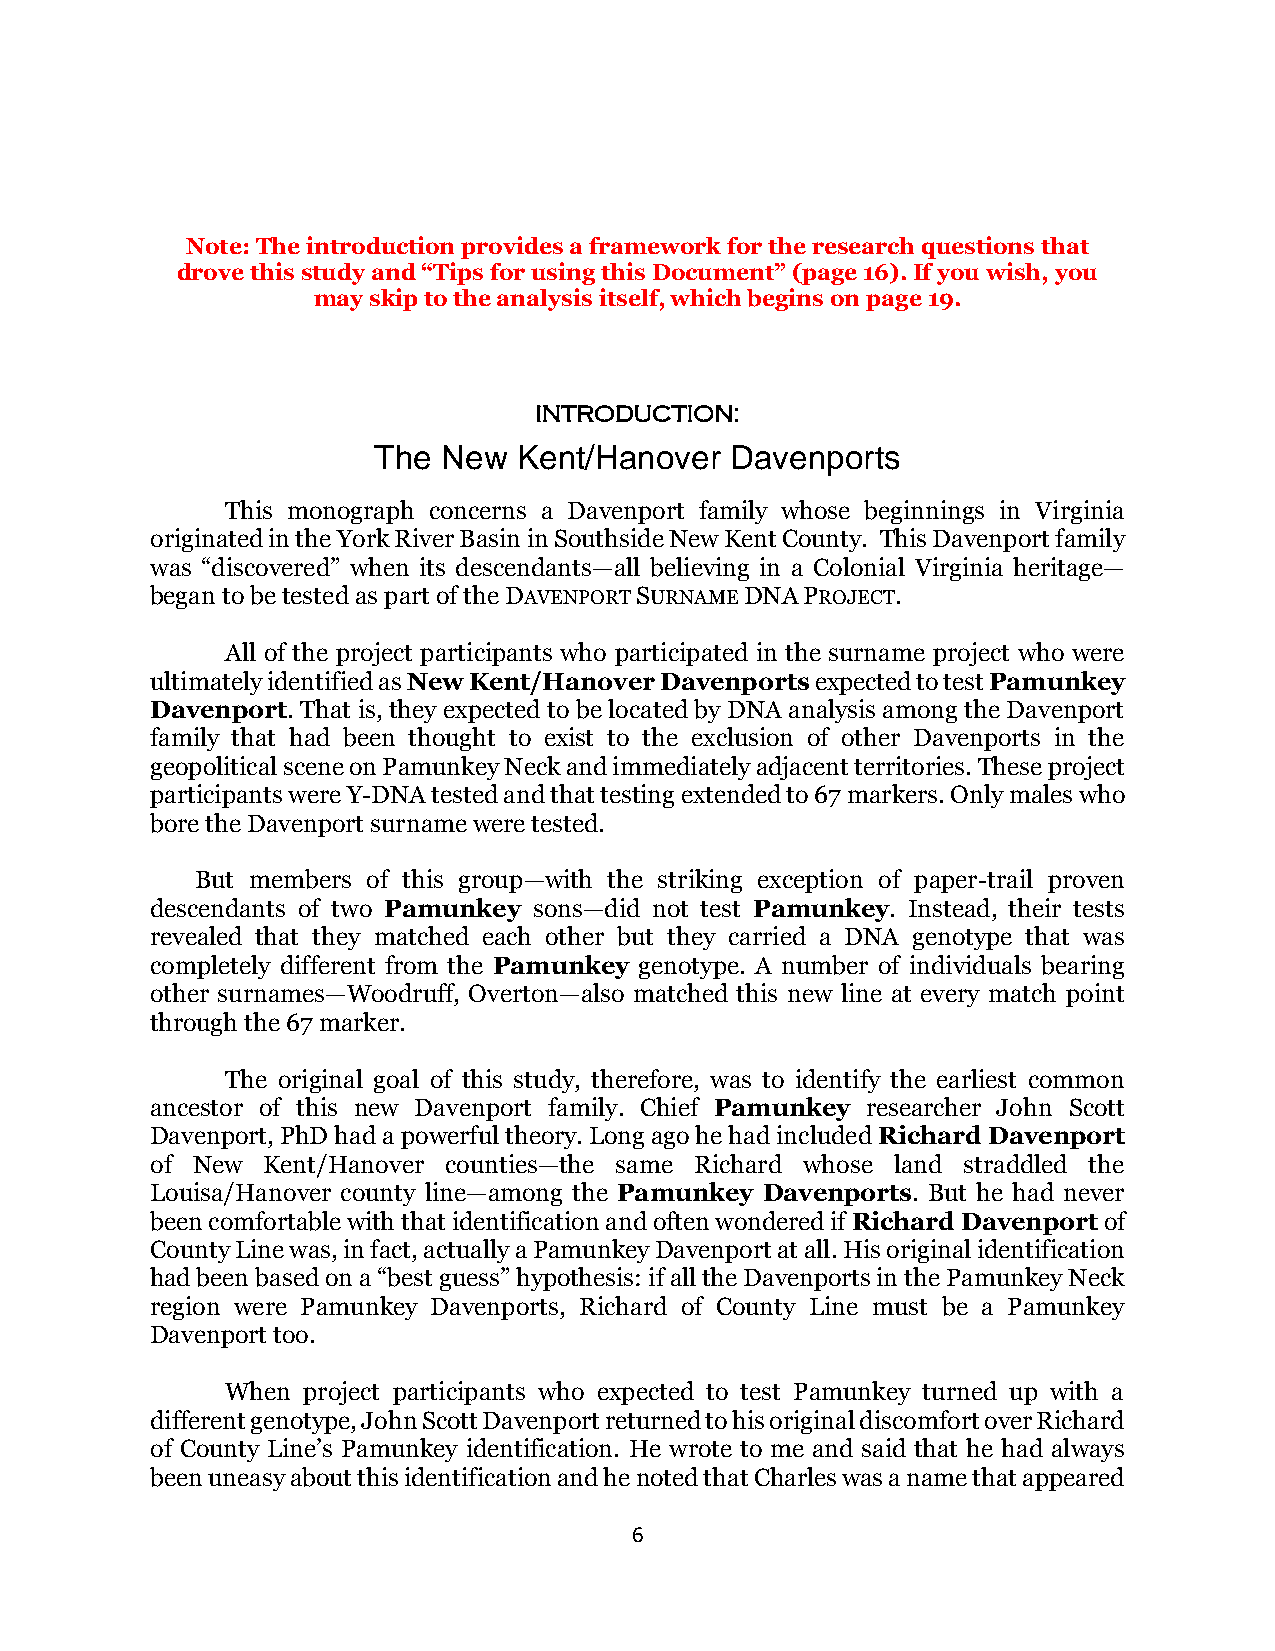
Note: The introduction provides a framework for the research questions that
 drove this study and “Tips for using this Document” (page 16). If you wish, you
 may skip to the analysis itself, which begins on page 19.
 INTRODUCTION:
 The New  Kent/Hanover  Davenports
 This monograph concerns a Davenport family whose beginnings in Virginia
 originated in the York River Basin in Southside New Kent County. This Davenport family
 was “discovered” when its descendants—all believing in a Colonial Virginia heritage—
 began to be tested as part of the DAVENPORT SURNAME DNA PROJECT.
 All of the project participants who participated in the surname project who were
 ultimately identified as New Kent/Hanover Davenports expected to test Pamunkey
 Davenport. That is, they expected to be located by DNA analysis among the Davenport
 family that had been thought to exist to the exclusion of other Davenports in the
 geopolitical scene on Pamunkey Neck and immediately adjacent territories. These project
 participants were Y-DNA tested and that testing extended to 67 markers. Only males who
 bore the Davenport surname were tested.
 But members of this group—with the striking exception of paper-trail proven
 descendants of two Pamunkey sons—did not test Pamunkey. Instead, their tests
 revealed that they matched each other but they carried a DNA genotype that was
 completely different from the Pamunkey genotype. A number of individuals bearing
 other surnames—Woodruff, Overton—also matched this new line at every match point
 through the 67 marker.
 The original goal of this study, therefore, was to identify the earliest common
 ancestor of this new Davenport family. Chief Pamunkey researcher John Scott
 Davenport, PhD had a powerful theory. Long ago he had included Richard Davenport
 of New Kent/Hanover counties—the same Richard whose land straddled the
 Louisa/Hanover county line—among the Pamunkey Davenports. But he had never
 been comfortable with that identification and often wondered if Richard Davenport of
 County Line was, in fact, actually a Pamunkey Davenport at all. His original identification
 had been based on a “best guess” hypothesis: if all the Davenports in the Pamunkey Neck
 region were Pamunkey Davenports, Richard of County Line must be a Pamunkey
 Davenport too.
 When project participants who expected to test Pamunkey turned up with a
 different genotype, John Scott Davenport returned to his original discomfort over Richard
 of County Line’s Pamunkey identification. He wrote to me and said that he had always
 been uneasy about this identification and he noted that Charles was a name that appeared
 6